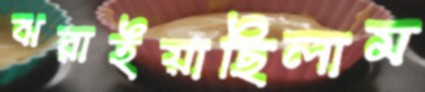
ঝরাইয়াছিলাম